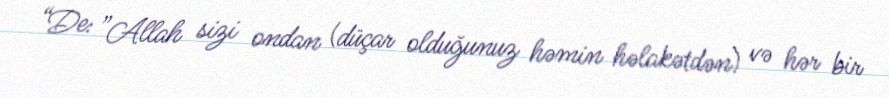
“De: ”Allah sizi ondan (düçar olduğunuz həmin həlakətdən) və hər bir